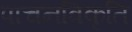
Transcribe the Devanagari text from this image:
पाचनविकृति